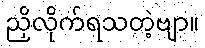
ညှိလိုက်ရသတဲ့ဗျာ။